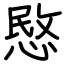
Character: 愍